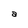
Character: a